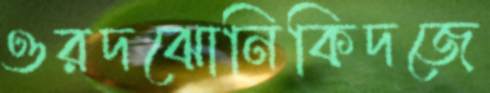
ওরদঝোনিকিদজে